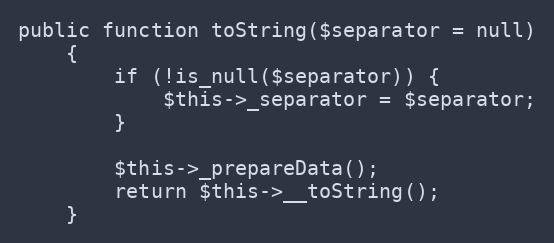
Language: PHP
public function toString($separator = null)
    {
        if (!is_null($separator)) {
            $this->_separator = $separator;
        }

        $this->_prepareData();
        return $this->__toString();
    }